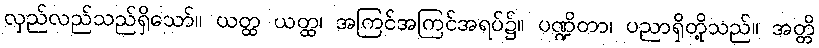
လှည်လည်သည်ရှိသော်။ ယတ္ထ ယတ္ထ၊ အကြင်အကြင်အရပ်၌။ ပဏ္ဍိတာ၊ ပညာရှိတို့သည်။ အတ္တိ